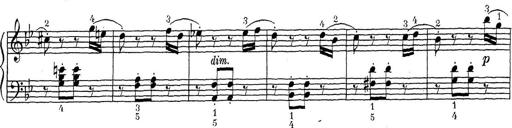
Title: ÄŒeskÃ© Sonatiny
Composer: Various